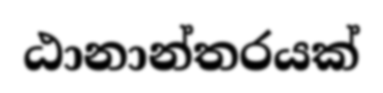
ඨානාන්තරයක්